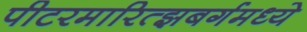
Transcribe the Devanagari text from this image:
पीटरमारित्झबर्गमध्ये